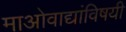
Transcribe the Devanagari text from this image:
माओवाद्यांविषयी